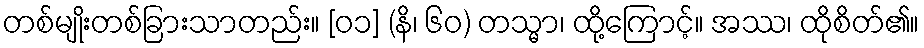
တစ်မျိုးတစ်ခြားသာတည်း။ [၀၁] (နိ၊ ၆၀) တသ္မာ၊ ထို့ကြောင့်။ အဿ၊ ထိုစိတ်၏။